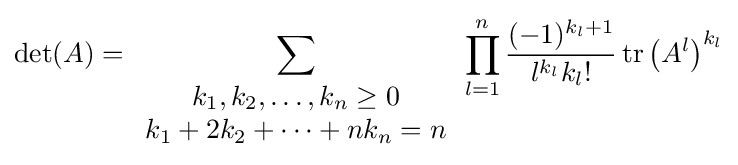
\det(A)=\sum _{\begin{array}{c}k_{1},k_{2},\ldots ,k_{n}\geq 0\\k_{1}+2k_{2}+\cdots +nk_{n}=n\end{array}}\prod _{l=1}^{n}{\frac {(-1)^{k_{l}+1}}{l^{k_{l}}k_{l}!}}\operatorname {tr} \left(A^{l}\right)^{k_{l}}